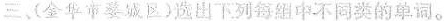
三、(金华市婺城区)选出下列每组中不同类的单词。